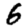
Digit: 6